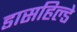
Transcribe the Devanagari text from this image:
डासहिल्डे